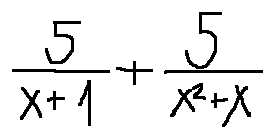
\frac { 5 } { x + 1 } + \frac { 5 } { x ^ { 2 } + x }